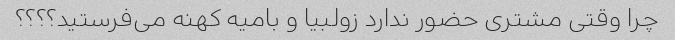
چرا وقتی مشتری حضور ندارد زولبیا و بامیه کهنه می‌فرستید؟؟؟؟